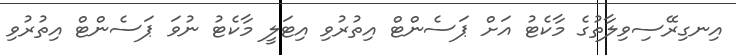
އިނގިރޭސިވިލާތުގެ މާކެޓު އަށް ޕަސެންޓް އިތުރުވި އިޓަލީ މާކެޓު ނުވަ ޕަސެންޓް އިތުރުވި